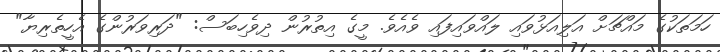
ހަމަތަކުގެ މައްޗަށް އަލިއަޅުވައި ލައްވައިފައި ވެއެވެ. މީގެ އިތުރުން ދިވެހިބަސް: "ދަރިވަރުންގެ އެހީތެރިޔާ"